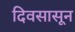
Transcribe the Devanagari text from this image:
दिवसासून